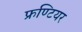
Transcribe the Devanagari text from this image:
फ्रण्टियर